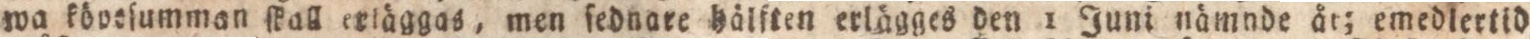
wa köosſumman ſkall erlägga,s men ſednare hålften erlägges den 1 Juni nämade åt; emedlertid